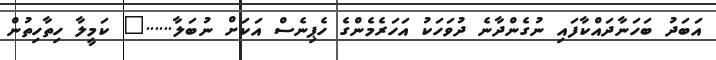
އަބަދު ބަހަނާދައްކާފައި ނުގެންދާނެ ދުވަހަކު އަހަރެމެންގެ ހެޕިނެސް އަކަށް ނުބަލާ......" ކަމީލާ ހިތާހިތުން